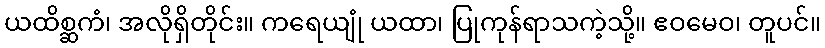
ယထိစ္ဆကံ၊ အလိုရှိတိုင်း။ ကရေယျုံ ယထာ၊ ပြုကုန်ရာသကဲ့သို့။ ဧဝမေဝ၊ တူပင်။